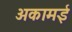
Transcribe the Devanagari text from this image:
अकामई